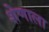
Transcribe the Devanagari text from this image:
शेणाला